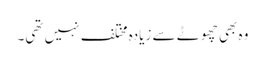
وہ بھی چھوٹے سے زیادہ مختلف نہیں تھی۔